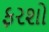
ફરશો